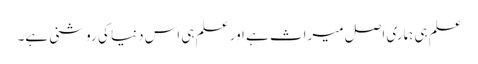
علم ہی ہماری اصل میراث ہے اور علم ہی اس دنیا کی روشنی ہے۔